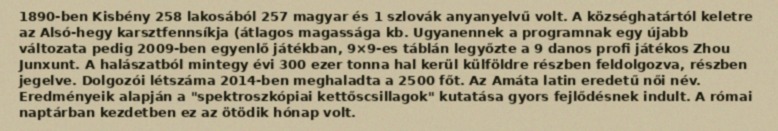
1890-ben Kisbény 258 lakosából 257 magyar és 1 szlovák anyanyelvű volt. A községhatártól keletre az Alsó-hegy karsztfennsíkja (átlagos magassága kb. Ugyanennek a programnak egy újabb változata pedig 2009-ben egyenlő játékban, 9×9-es táblán legyőzte a 9 danos profi játékos Zhou Junxunt. A halászatból mintegy évi 300 ezer tonna hal kerül külföldre részben feldolgozva, részben jegelve. Dolgozói létszáma 2014-ben meghaladta a 2500 főt. Az Amáta latin eredetű női név. Eredményeik alapján a "spektroszkópiai kettőscsillagok" kutatása gyors fejlődésnek indult. A római naptárban kezdetben ez az ötödik hónap volt.